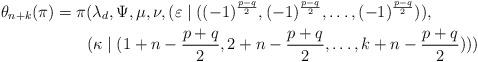
LaTeX: \begin{align*}\theta_{n+k}(\pi) & =\pi(\lambda_{d},\Psi,\mu,\nu,(\varepsilon\mid((-1)^{\frac{p-q}{2}},(-1)^{\frac{p-q}{2}},\dots,(-1)^{\frac{p-q}{2}})),\\ & \qquad(\kappa\mid(1+n-\frac{p+q}{2},2+n-\frac{p+q}{2},\dots,k+n-\frac{p+q}{2})))\end{align*}